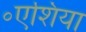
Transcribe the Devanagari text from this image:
॰एशिया